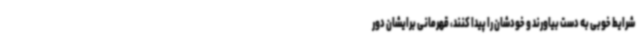
شرایط خوبی به دست بیاورند و خودشان را پیدا کنند، قهرمانی برایشان دور